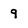
Character: 9